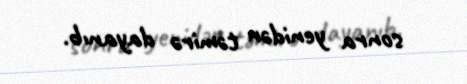
sonra yenidən təmirə dayanıb.